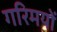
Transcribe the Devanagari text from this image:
गरिमयों